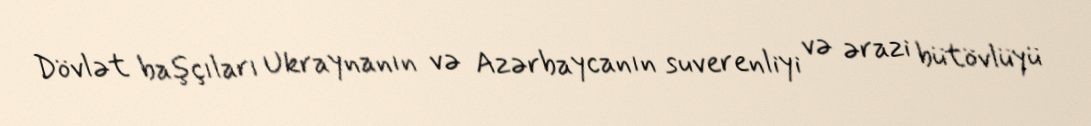
Dövlət başçıları Ukraynanın və Azərbaycanın suverenliyi və ərazi bütövlüyü